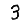
Digit: 3